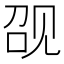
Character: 𰴖